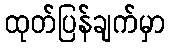
ထုတ်ပြန်ချက်မှာ